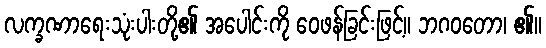
လက္ခဏာရေးသုံးပါးတို့၏ အပေါင်းကို ဝေဖန်ခြင်းဖြင့်။ ဘဂဝတော၊ ၏။